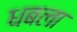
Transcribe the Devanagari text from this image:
धबला